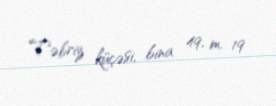
Təbriz küçəsi, bina 49, m. 19